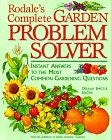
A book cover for Rodale's Complete Garden Problem Solver: Instant Answers to the Most Common Gardening Questions; Crafts, Hobbies & Home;